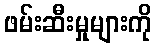
ဖမ်းဆီးမှုများကို